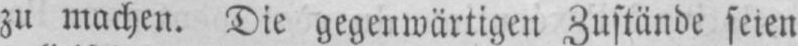
zu machen. Die gegenwärtigen Zustände seien